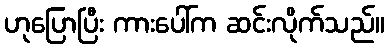
ဟုပြောပြီး ကားပေါ်က ဆင်းလိုက်သည်။